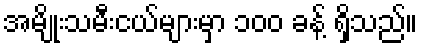
အမျိုးသမီးငယ်များမှာ ၁၀၀ ခန့် ရှိသည်။